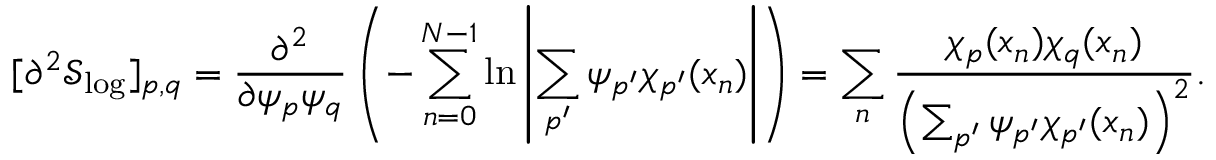
[ \partial ^ { 2 } \mathcal { S } _ { \mathrm { l o g } } ] _ { p , q } = \frac { \partial ^ { 2 } } { \partial \psi _ { p } \psi _ { q } } \left( - \sum _ { n = 0 } ^ { N - 1 } \ln \left| \sum _ { p ^ { \prime } } \psi _ { p ^ { \prime } } \chi _ { p ^ { \prime } } ( x _ { n } ) \right| \right) = \sum _ { n } \frac { \chi _ { p } ( x _ { n } ) \chi _ { q } ( x _ { n } ) } { \left( \sum _ { p ^ { \prime } } \psi _ { p ^ { \prime } } \chi _ { p ^ { \prime } } ( x _ { n } ) \right) ^ { 2 } } . \quad